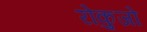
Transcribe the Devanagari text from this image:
रोकुजो